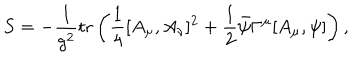
LaTeX: S = - \frac { 1 } { g ^ { 2 } } \mathrm { t r } \left( \frac { 1 } { 4 } [ A _ { \mu } , A _ { \nu } ] ^ { 2 } + \frac { 1 } { 2 } \bar { \psi } \Gamma ^ { \mu } [ A _ { \mu } , \psi ] \right) ,